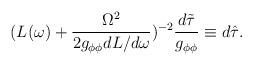
LaTeX: \begin{align*}(L(\omega)+\frac{\Omega^2}{2g_{\phi\phi}dL/d\omega})^{-2}\frac{d\tilde{\tau}}{g_{\phi\phi}}\equiv d\hat{\tau}.\end{align*}